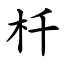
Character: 杄